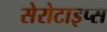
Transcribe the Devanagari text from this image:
सेरोटाइप्स